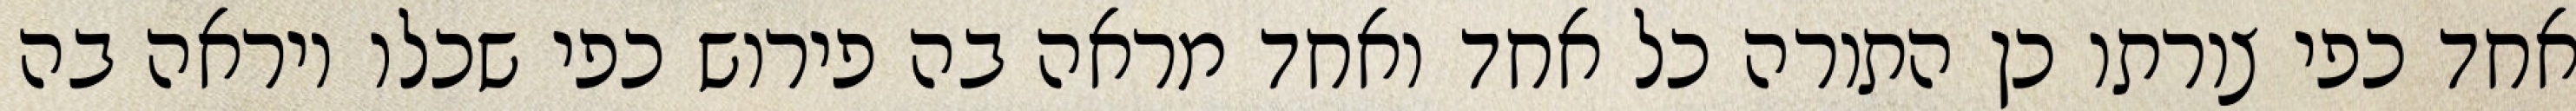
אחד כפי צורתו כן התורה כל אחד ואחד מראה בה פירוש כפי שכלו ויראה בה